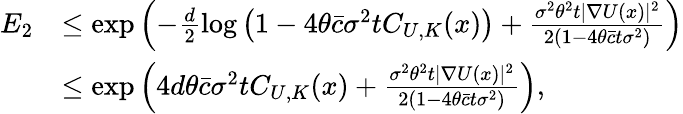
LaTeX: \begin{array}{rl}{E_{2}}&{\le\exp\left(-\frac{d}{2}\log\left(1-4\theta\bar{c}\sigma^{2}tC_{U,K}(x)\right)+\frac{\sigma^{2}\theta^{2}t|\nabla U(x)|^{2}}{2(1-4\theta\bar{c}t\sigma^{2})}\right)}\\ &{\le\exp\left(4d\theta\bar{c}\sigma^{2}tC_{U,K}(x)+\frac{\sigma^{2}\theta^{2}t|\nabla U(x)|^{2}}{2(1-4\theta\bar{c}t\sigma^{2})}\right),}\end{array}